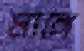
মাঙ্গে